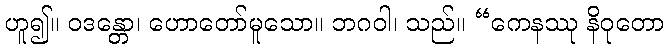
ဟူ၍။ ဝဒန္တော၊ ဟောတော်မူသော။ ဘဂဝါ၊ သည်။ “ကေနဿု နိဝုတော